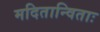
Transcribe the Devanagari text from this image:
मदितान्विताः